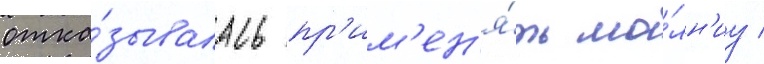
отка́зывалась пр'им'ен'я́ть мо́лн'иу /